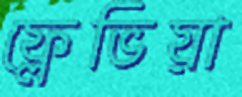
ফ্লেভিয়া